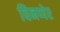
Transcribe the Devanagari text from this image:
विनप्पेर